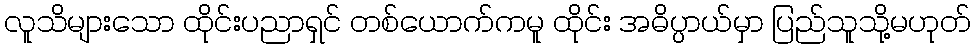
လူသိများသော ထိုင်းပညာရှင် တစ်ယောက်ကမူ ထိုင်း အဓိပ္ပာယ်မှာ ပြည်သူသို့မဟုတ်